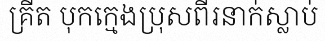
គ្រីត បុកក្មេងប្រុសពីរនាក់ស្លាប់